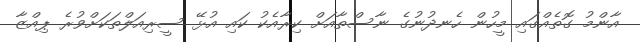
އާންމު ގޮތެއްގައި މީހުން ހެނދުނުގެ ނާސްތާއަށް ކިރާއެކު ކައި އުޅޭ ސީރިއަލްތަކަށްވުރެ ޕިއްޒާ